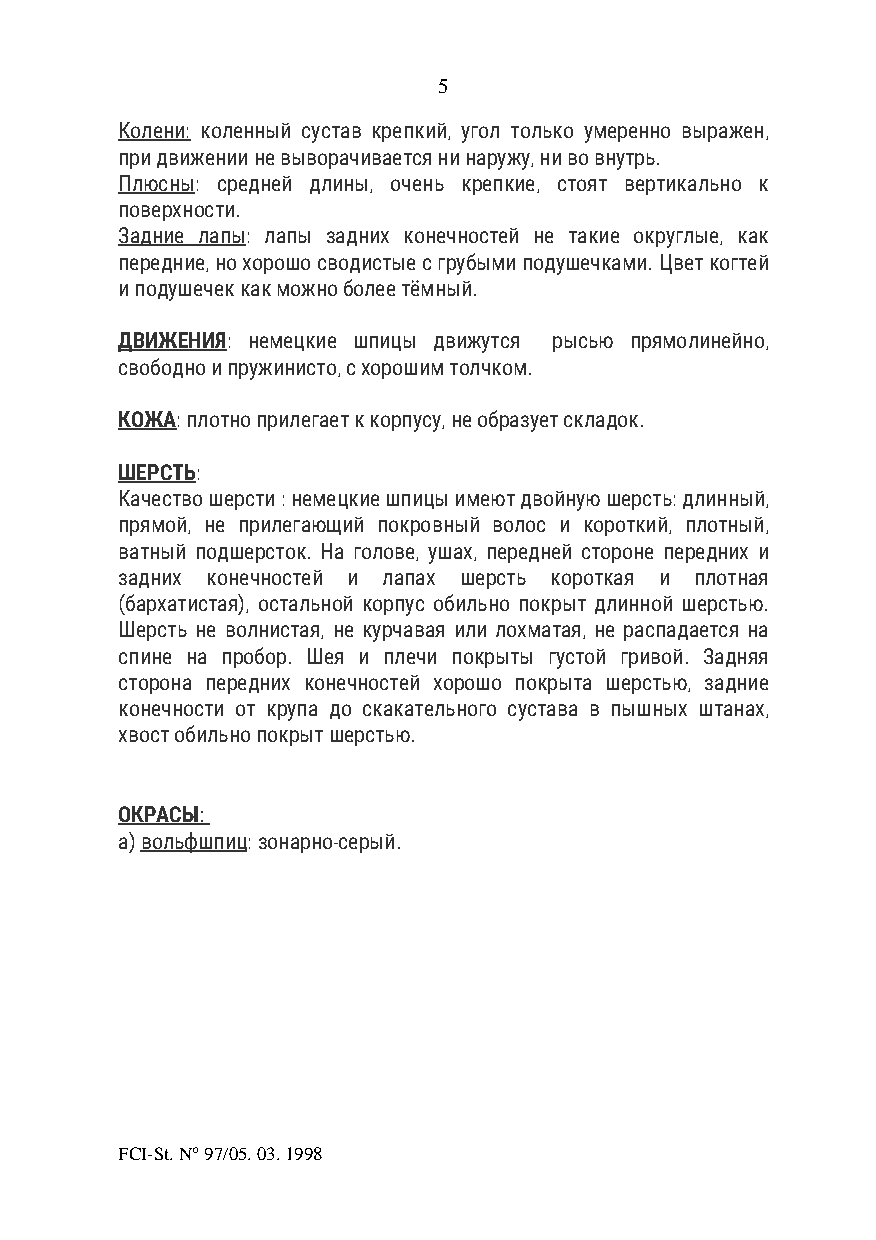
5
 Колени: коленный сустав крепкий, угол только умеренно выражен,
 при движении не выворачивается ни наружу, ни во внутрь.
 Плюсны: средней длины, очень крепкие, стоят вертикально к
 поверхности.
 Задние лапы: лапы задних конечностей не такие округлые, как
 передние, но хорошо сводистые с грубыми подушечками. Цвет когтей
 и подушечек как можно более тёмный.
 ДВИЖЕНИЯ: немецкие шпицы движутся рысью прямолинейно,
 свободно и пружинисто, с хорошим толчком.
 КОЖА: плотно прилегает к корпусу, не образует складок.
 ШЕРСТЬ:
 Качество шерсти : немецкие шпицы имеют двойную шерсть: длинный,
 прямой, не прилегающий покровный волос и короткий, плотный,
 ватный подшерсток. На голове, ушах, передней стороне передних и
 задних конечностей и лапах шерсть короткая и плотная
 (бархатистая), остальной корпус обильно покрыт длинной шерстью.
 Шерсть не волнистая, не курчавая или лохматая, не распадается на
 спине на пробор. Шея и плечи покрыты густой гривой. Задняя
 сторона передних конечностей хорошо покрыта шерстью, задние
 конечности от крупа до скакательного сустава в пышных штанах,
 хвост обильно покрыт шерстью.
 ОКРАСЫ:
 а) вольфшпиц: зонарно-серый.
 FCI-St. N° 97/05. 03. 1998